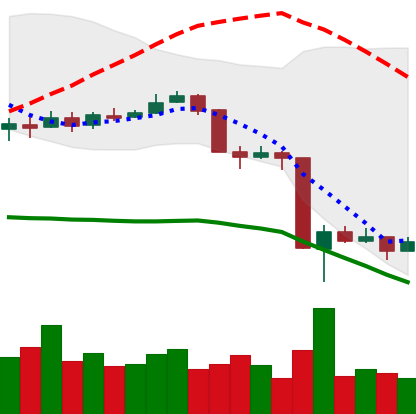
Ticker: BNB-USD
Chart end date: 2020-03-17
Forward return: 10.728%
Label: up_7plus